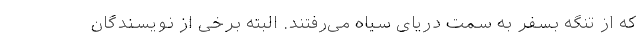
که از تنگه بسفر به سمت دریای سیاه می‌رفتند. البته برخی از نویسندگان